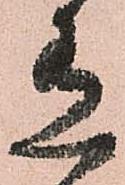
有